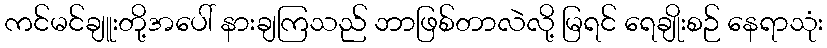
ကင်မင်ချူးတို့အပေါ် နားချကြသည် ဘာဖြစ်တာလဲလို့ မြရင် ရေချိုးစဉ် နေရာသုံး